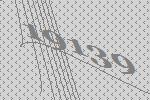
19139